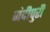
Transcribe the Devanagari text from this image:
नंदीपुरी